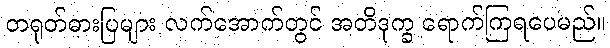
တရုတ်ဓားပြများ လက်အောက်တွင် အတိဒုက္ခ ရောက်ကြရပေမည်။